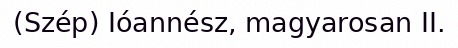
(Szép) Ióannész, magyarosan II.